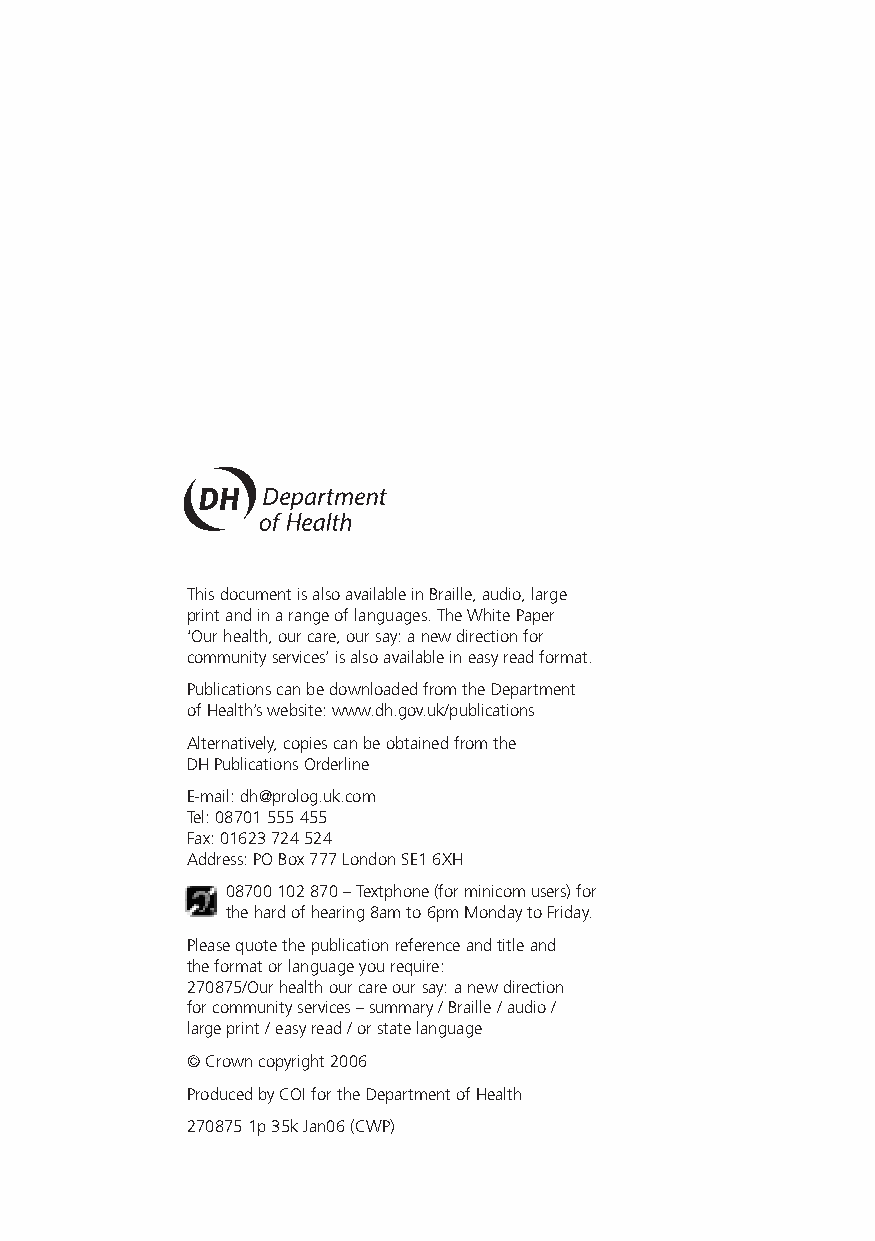
This document is also available in Braille, audio, large
 print and in a range of languages. The White Paper
 ‘Our health, our care, our say: a new direction for
 community services’ is also available in easy read format.
 Publications can be downloaded from the Department
 ofHealth’s website: www.dh.gov.uk/publications
 Alternatively, copies can be obtained from the
 DH Publications Orderline
 E-mail: dh@prolog.uk.com
 Tel: 08701 555 455
 Fax: 01623 724 524
 Address: PO Box 777 London SE1 6XH
 08700 102 870 – Textphone (for minicom users) for
 the hard of hearing 8am to 6pm Monday to Friday.
 Please quote the publication reference and title and
 the format or language you require:
 270875/Our health our care our say: a new direction
 for community services – summary / Braille / audio /
 large print / easy read / or state language
 ©Crown copyright 2006
 Produced by COI for the Department of Health
 270875 1p 35k Jan06 (CWP)